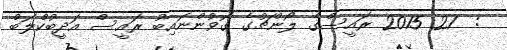
:  21